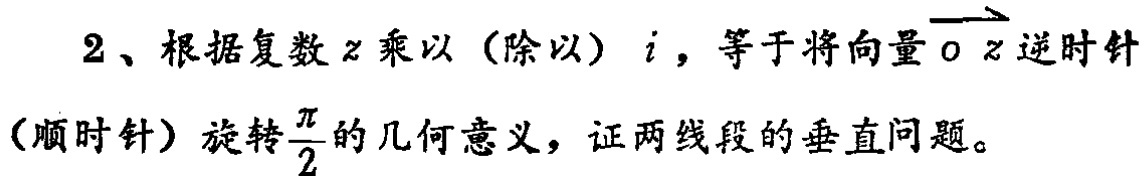
2、根据复数\(z\)乘以（除以）\(i\)，等于将向量\(\overrightarrow{oz}\)逆时针（顺时针）旋转\(\frac{\pi}{2}\)的几何意义，证两线段的垂直问题。